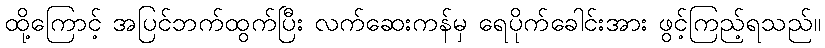
ထို့ကြောင့် အပြင်ဘက်ထွက်ပြီး လက်ဆေးကန်မှ ရေပိုက်ခေါင်းအား ဖွင့်ကြည့်ရသည်။